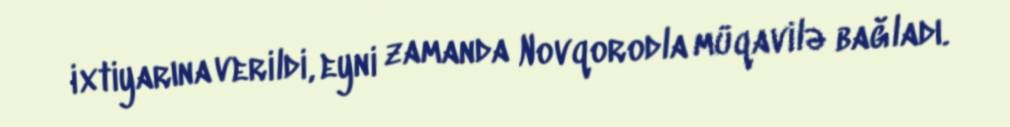
ixtiyarına verildi, eyni zamanda Novqorodla müqavilə bağladı.